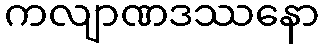
ကလျာဏဒဿနော